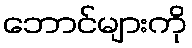
ဘောင်များကို